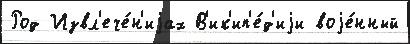
Род Извл'ече́н'иjах В'ик'ип'е́д'иjи воjе́нный